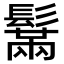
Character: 鬗